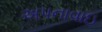
અપનાવાઇ